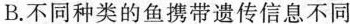
B.不同种类的鱼携带遗传信息不同